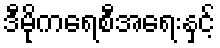
ဒီမိုကရေစီအရေးနှင့်